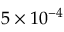
5 \times 1 0 ^ { - 4 }